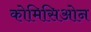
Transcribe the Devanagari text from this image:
कोमिसिओन